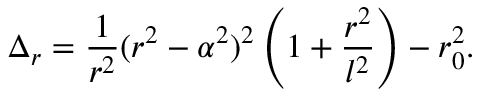
\Delta _ { r } = { \frac { 1 } { r ^ { 2 } } } ( r ^ { 2 } - \alpha ^ { 2 } ) ^ { 2 } \left( 1 + { \frac { r ^ { 2 } } { l ^ { 2 } } } \right) - r _ { 0 } ^ { 2 } .